38_143685_box_Incident_Summaries_101-172
Agency: Department of War
Page 88
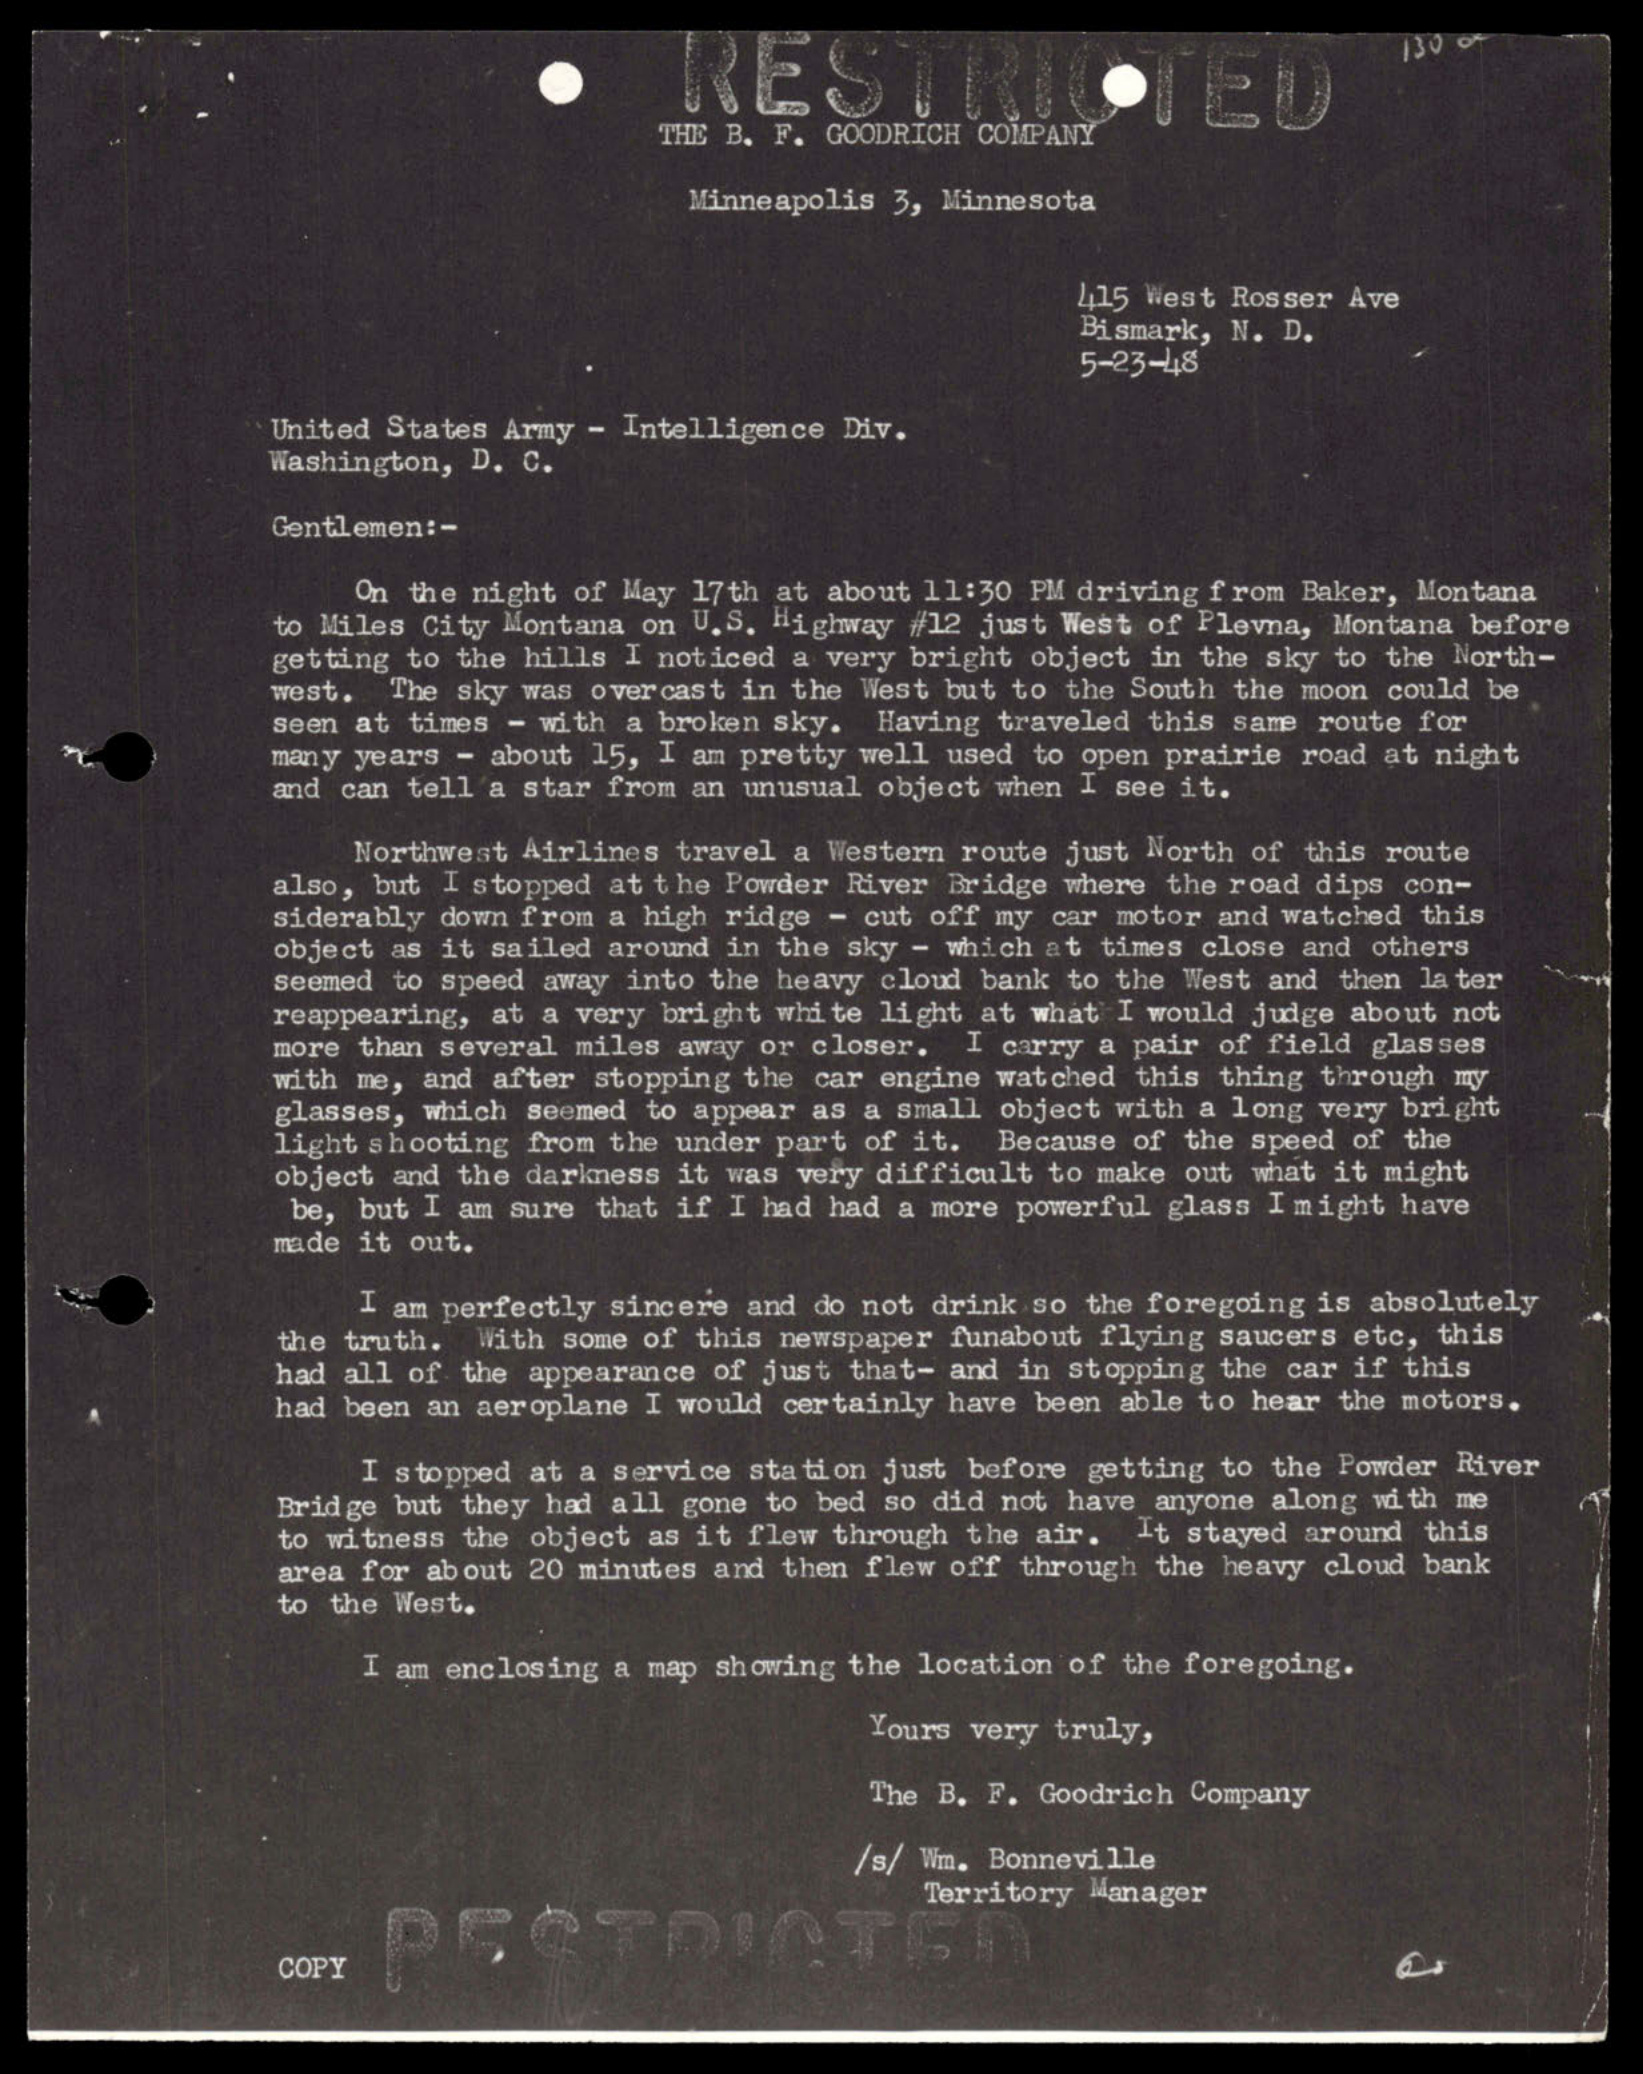